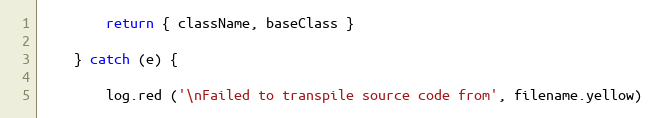
Language: JavaScript
        return { className, baseClass }

    } catch (e) {

        log.red ('\nFailed to transpile source code from', filename.yellow)